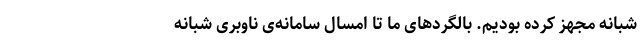
شبانه مجهز کرده بودیم. بالگردهای ما تا امسال سامانه‌ی ناوبری شبانه